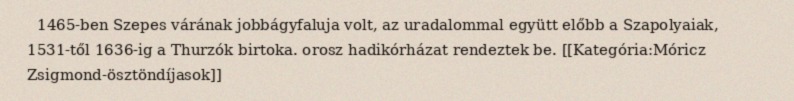
1465-ben Szepes várának jobbágyfaluja volt, az uradalommal együtt előbb a Szapolyaiak, 1531-től 1636-ig a Thurzók birtoka. orosz hadikórházat rendeztek be. [[Kategória:Móricz Zsigmond-ösztöndíjasok]]